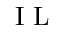
{ \mathrm { ~ I ~ L ~ } }